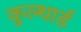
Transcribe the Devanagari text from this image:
कुल्थार्ड